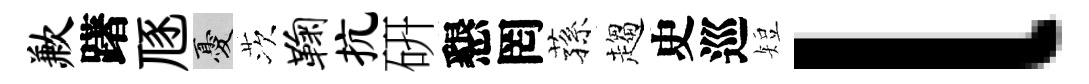
歉躇豗憂茨鞠抗硏懇罔蓀趨史巡短l